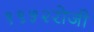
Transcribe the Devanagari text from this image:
१९५२रोजी